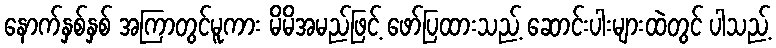
နောက်နှစ်နှစ် အကြာတွင်မူကား မိမိအမည်ဖြင့် ဖော်ပြထားသည့် ဆောင်းပါးများထဲတွင် ပါသည့်